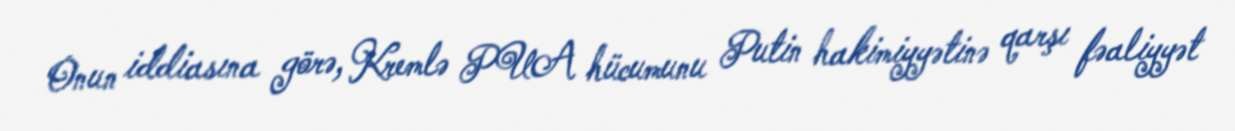
Onun iddiasına görə, Kremlə PUA hücumunu Putin hakimiyyətinə qarşı fəaliyyət